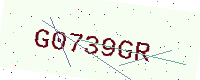
Text: G0739GR